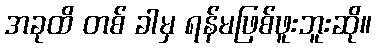
အခုထိ တစ် ခါမှ ရန်မဖြစ်ဖူးဘူးဆို။